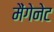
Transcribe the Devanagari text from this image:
मैंगेनेट